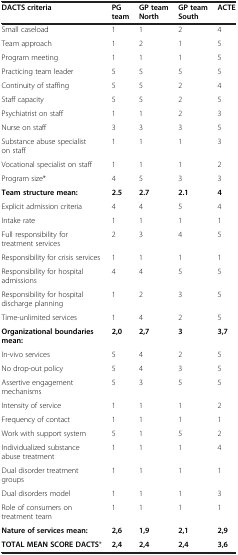
<table><thead><tr><td><b>DACTS criteria</b></td><td><b>PG team</b></td><td><b>GP team North</b></td><td><b>GP team South</b></td><td><b>ACTE</b></td></tr></thead><tbody><tr><td>Small caseload</td><td>1</td><td>1</td><td>2</td><td>4</td></tr><tr><td>Team approach</td><td>1</td><td>2</td><td>1</td><td>5</td></tr><tr><td>Program meeting</td><td>1</td><td>1</td><td>1</td><td>5</td></tr><tr><td>Practicing team leader</td><td>5</td><td>5</td><td>5</td><td>5</td></tr><tr><td>Continuity of staffing</td><td>5</td><td>5</td><td>2</td><td>4</td></tr><tr><td>Staff capacity</td><td>5</td><td>5</td><td>2</td><td>5</td></tr><tr><td>Psychiatrist on staff</td><td>1</td><td>1</td><td>2</td><td>3</td></tr><tr><td>Nurse on staff</td><td>3</td><td>3</td><td>3</td><td>5</td></tr><tr><td>Substance abuse specialist on staff</td><td>1</td><td>1</td><td>1</td><td>3</td></tr><tr><td>Vocational specialist on staff</td><td>1</td><td>1</td><td>1</td><td>2</td></tr><tr><td>Program size*</td><td>4</td><td>5</td><td>3</td><td>3</td></tr><tr><td><b>Team structure mean:</b></td><td><b>2.5</b></td><td><b>2.7</b></td><td><b>2.1</b></td><td><b>4</b></td></tr><tr><td>Explicit admission criteria</td><td>4</td><td>4</td><td>5</td><td>4</td></tr><tr><td>Intake rate</td><td>1</td><td>1</td><td>1</td><td>1</td></tr><tr><td>Full responsibility for treatment services</td><td>2</td><td>3</td><td>4</td><td>5</td></tr><tr><td>Responsibility for crisis services</td><td>1</td><td>1</td><td>1</td><td>1</td></tr><tr><td>Responsibility for hospital admissions</td><td>4</td><td>4</td><td>5</td><td>5</td></tr><tr><td>Responsibility for hospital discharge planning</td><td>1</td><td>2</td><td>3</td><td>5</td></tr><tr><td>Time-unlimited services</td><td>1</td><td>4</td><td>2</td><td>5</td></tr><tr><td><b>Organizational boundaries mean:</b></td><td><b>2</b><b>,</b><b>0</b></td><td><b>2</b><b>,</b><b>7</b></td><td><b>3</b></td><td><b>3</b><b>,</b><b>7</b></td></tr><tr><td>In-vivo services</td><td>5</td><td>4</td><td>2</td><td>5</td></tr><tr><td>No drop-out policy</td><td>5</td><td>4</td><td>3</td><td>5</td></tr><tr><td>Assertive engagement mechanisms</td><td>5</td><td>3</td><td>5</td><td>5</td></tr><tr><td>Intensity of service</td><td>1</td><td>1</td><td>1</td><td>2</td></tr><tr><td>Frequency of contact</td><td>1</td><td>1</td><td>1</td><td>1</td></tr><tr><td>Work with support system</td><td>5</td><td>1</td><td>5</td><td>2</td></tr><tr><td>Individualized substance abuse treatment</td><td>1</td><td>1</td><td>1</td><td>4</td></tr><tr><td>Dual disorder treatment groups</td><td>1</td><td>1</td><td>1</td><td>1</td></tr><tr><td>Dual disorders model</td><td>1</td><td>1</td><td>1</td><td>3</td></tr><tr><td>Role of consumers on treatment team</td><td>1</td><td>1</td><td>1</td><td>1</td></tr><tr><td><b>Nature of services mean:</b></td><td><b>2</b><b>,</b><b>6</b></td><td><b>1</b><b>,</b><b>9</b></td><td><b>2</b><b>,</b><b>1</b></td><td><b>2</b><b>,</b><b>9</b></td></tr><tr><td><b>TOTAL MEAN SCORE DACTS</b>*</td><td><b>2</b><b>,</b><b>4</b></td><td><b>2</b><b>,</b><b>4</b></td><td><b>2</b><b>,</b><b>4</b></td><td><b>3</b><b>,</b><b>6</b></td></tr></tbody></table>